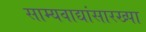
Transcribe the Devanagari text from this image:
साम्यवाद्यांसारख्पा